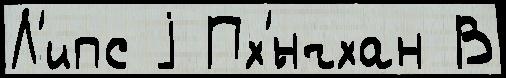
Л'ипс j Пх'́нчхан В